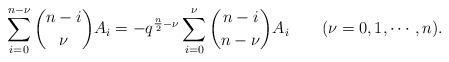
LaTeX: \begin{align*}\sum_{i=0}^{n-\nu} {{n-i}\choose{\nu}} A_i = -q^{\frac{n}{2}-\nu} \sum_{i=0}^\nu {{n-i}\choose{n-\nu}} A_i\qquad(\nu=0,1,\cdots, n).\end{align*}